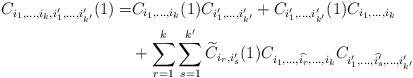
LaTeX: \begin{align*} C_{i_1,\ldots,i_k,i'_1,\ldots,i'_{k'}}(1) =& C_{i_1,\ldots,i_k}(1)C_{i'_1,\ldots,i'_{k'}} + C_{i'_1,\ldots,i'_{k'}}(1)C_{i_1,\ldots,i_k} \\&+ \sum_{r=1}^k\sum_{s=1}^{k'}\widetilde{C}_{i_r,i'_s}(1)C_{i_1,\ldots,\widehat{i_r},\ldots,i_k}C_{i'_1,\ldots,\widehat{i'_s},\ldots,i'_{k'}}\end{align*}